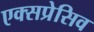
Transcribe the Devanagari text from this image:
एक्सप्रेसिव